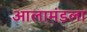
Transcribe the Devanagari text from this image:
आलामंडला